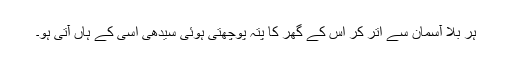
ہر بلا آسمان سے اتر کر اس کے گھر کا پتہ پوچھتی ہوئی سیدھی اسی کے ہاں آتی ہو۔